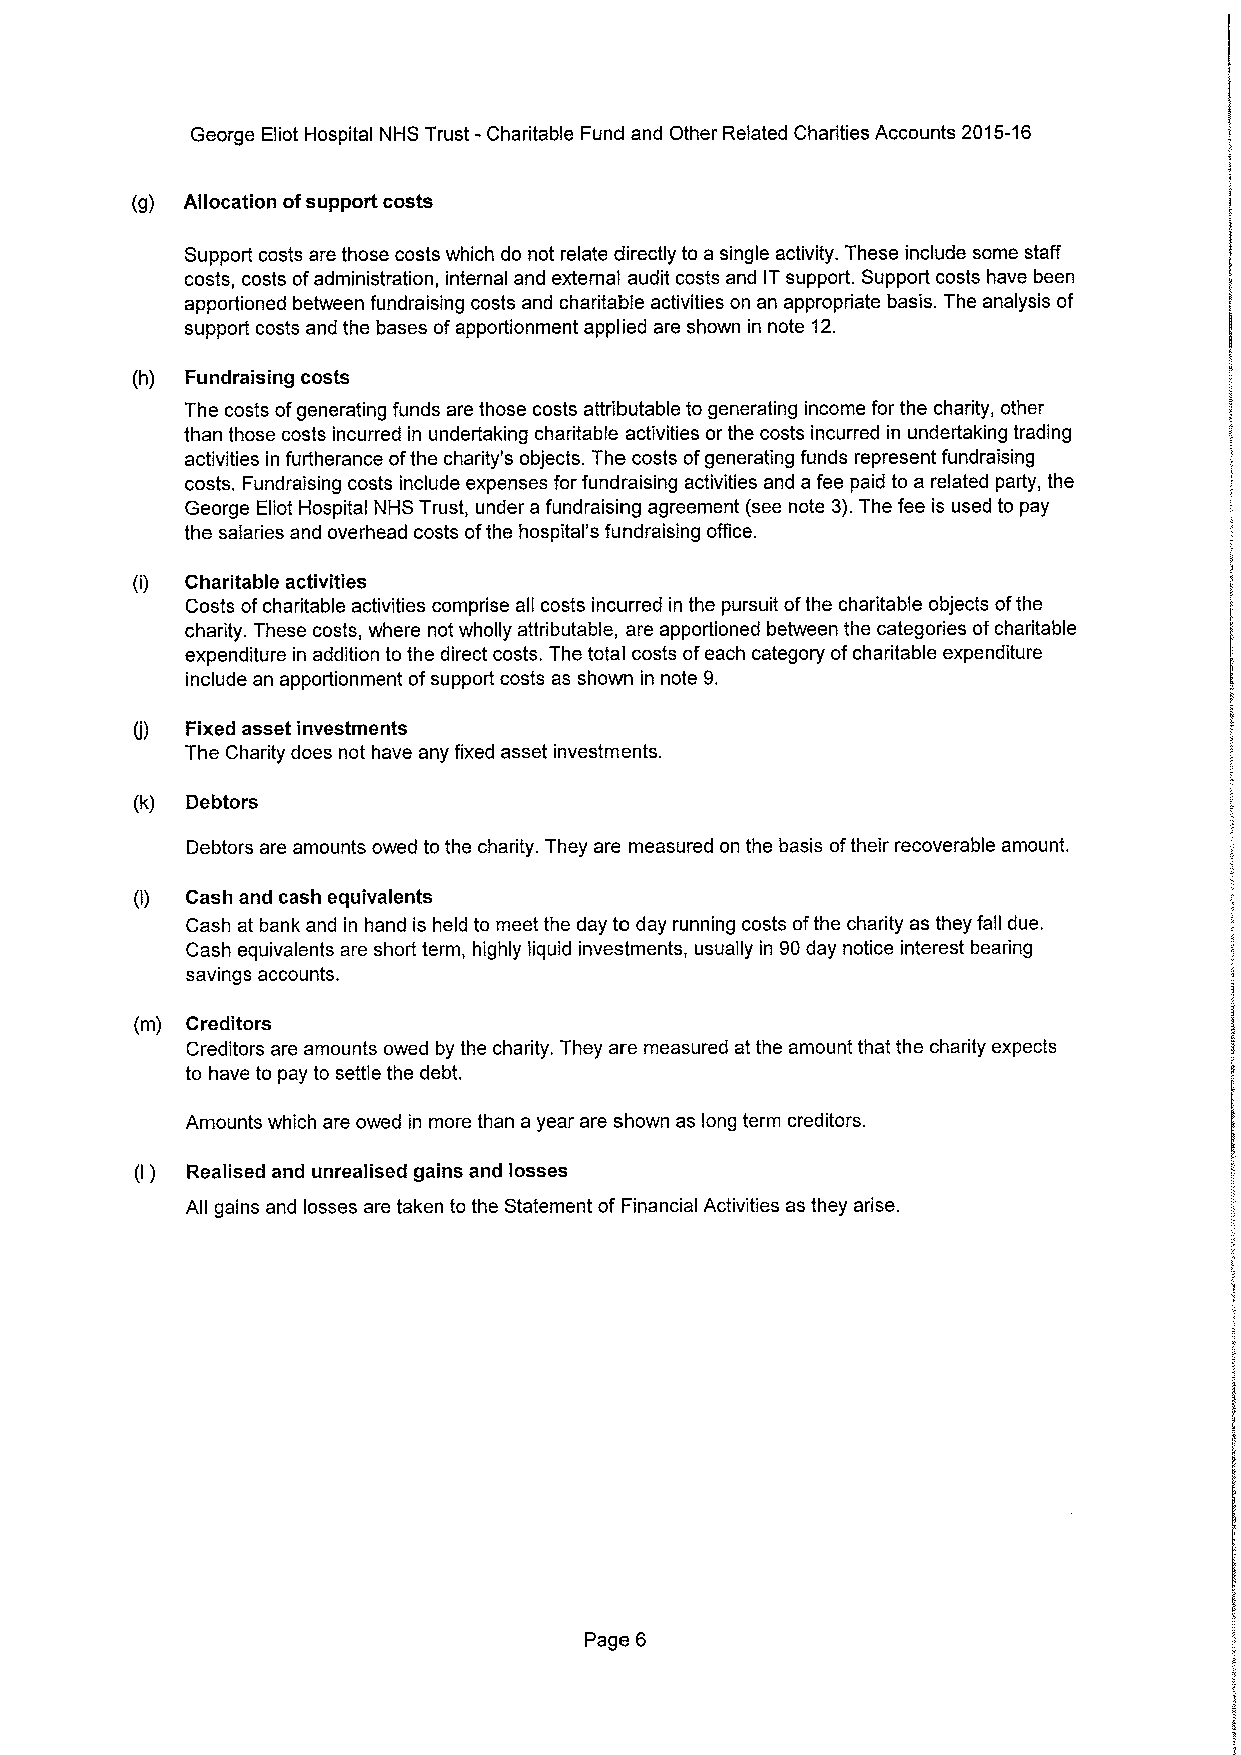
George Eliot Hospital NHS Trust -Charitable Fund and Other Related Charities Accounts 2015-16
 (g) Allocation ofsupport costs
 Support costs are those costs which do not relate directly to a single activity. These include some staff
 costs, costs ofadministration, internal and external audit costs and ITsupport. Support costs have been
 apportioned between fundraising costs and charitable activities on an appropriate basis. The analysis of
 support costs and the bases ofapportionment applied are shown in note 12.
 (h) Fundraising costs
 The costs ofgenerating funds are those costs attributable to generating income for the charity, other
 than those costs incurred in undertaking charitable activities or the costs incurred in undertaking trading
 activities in furtherance ofthe charity's objects. The costs ofgenerating funds represent fundraising
 costs. Fundraising costs include expenses for fundraising activities and a fee paid to a related party, the
 George Eliot Hospital NHS Trust, under a fundraising agreement (see note 3).The fee is used to pay
 the salaries and overhead costs ofthe hospital's fundraising office.
 (i) Charitable activities
 Costs ofcharitable activities comprise all costs incurred in the pursuit ofthe charitable objects ofthe
 charity. These costs, where not wholly attributable, are apportioned between the categories ofcharitable
 expenditure in addition to the direct costs. The total costs ofeach category ofcharitable expenditure
 include an apportionment ofsupport costs as shown in note 9.
 Fixed asset investments
 (j)
 The Charity does not have any fixed asset investments.
 (k) Debtors
 Debtors are amounts owed to the charity. They are measured on the basis oftheir recoverable amount.
 (I) Cash and cash equivalents
 Cash at bank and in hand is held to meet the day to day running costs ofthe charity as they fall due.
 Cash equivalents are short term, highly liquid investments, usually in 90day notice interest bearing
 savings accounts.
 (m) Creditors
 Creditors are amounts owed by the charity. They are measured at the amount that the charity expects
 to have to pay to settle the debt.
 Amounts which are owed in more than a year are shown as long term creditors.
 (I) Realised and unrealised gains and losses
 All gains and losses are taken to the Statement of Financial Activities as they arise.
 Page 6